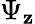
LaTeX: \Psi_{\mathbf{z}}